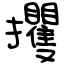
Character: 攫